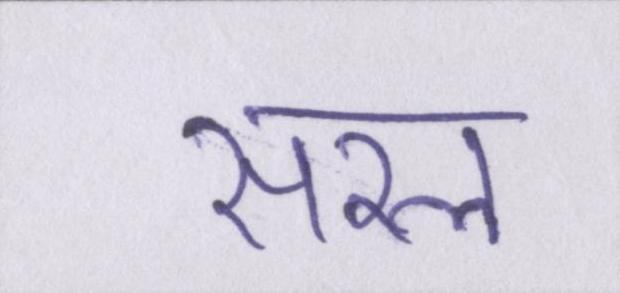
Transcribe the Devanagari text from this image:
सरल